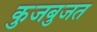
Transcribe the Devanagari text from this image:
कुजबुजत